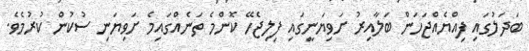
ބަދަލުގައި ފިއްޔެއްޖަހަން ބަލާއިރު ށަވިޔަނީގައި ފިލިޖެހޭ ކޮންމެ ތަނެއްގައިމެ ށަވިޔަނި ސުކުން ކުރުމެވެ.